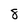
Character: 8